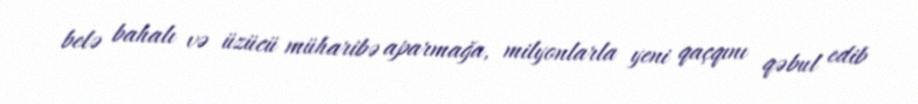
belə bahalı və üzücü müharibə aparmağa, milyonlarla yeni qaçqını qəbul edib